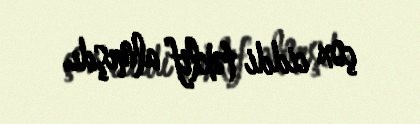
çox ciddi təklif almışdı.